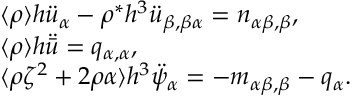
\begin{array} { r l } & { \langle \rho \rangle h \ddot { u } _ { \alpha } - \rho ^ { * } h ^ { 3 } \ddot { u } _ { \beta , \beta \alpha } = n _ { \alpha \beta , \beta } , } \\ & { \langle \rho \rangle h \ddot { \bar { u } } = q _ { \alpha , \alpha } , } \\ & { \langle \rho \zeta ^ { 2 } + 2 \rho \alpha \rangle h ^ { 3 } \ddot { \psi } _ { \alpha } = - m _ { \alpha \beta , \beta } - q _ { \alpha } . } \end{array}